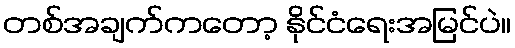
တစ်အချက်ကတော့ နိုင်ငံရေးအမြင်ပဲ။